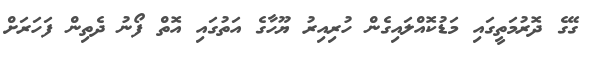
ގޭގެ ދޮރުމަތީގައި މަޑުކޮއްލައިގެން ހުރިއިރު ޔޫހާގެ އަތުގައި އޮތް ފޯނު ދެތިން ފަހަރަށް